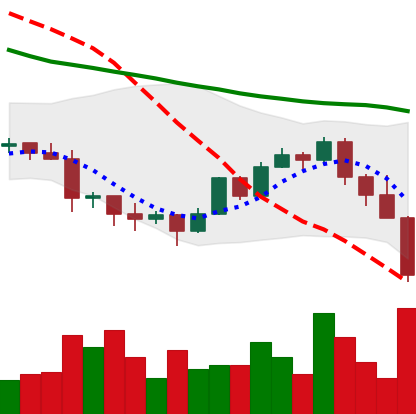
Ticker: LTC-USD
Chart end date: 2022-01-21
Forward return: -6.215%
Label: down_5_7